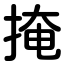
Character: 掩